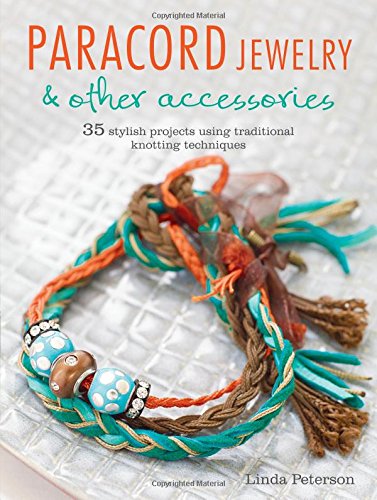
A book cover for Paracord Jewelry & Other Accessories: 35 Stylish Projects Using Traditional Knotting Techniques; Linda Peterson; Crafts, Hobbies & Home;